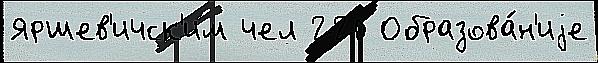
Яршев'ичск'им чел 220 Образова́н'иjе